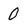
Character: 0